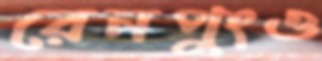
রেনপুংও